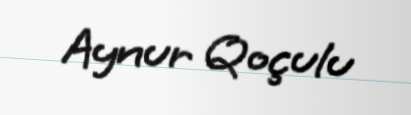
Aynur Qoçulu